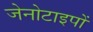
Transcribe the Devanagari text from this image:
जेनोटाइपों